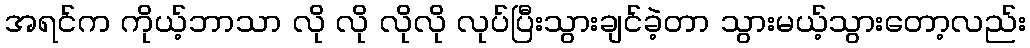
အရင်က ကိုယ့်ဘာသာ လို လို လိုလို လုပ်ပြီးသွားချင်ခဲ့တာ သွားမယ့်သွားတော့လည်း